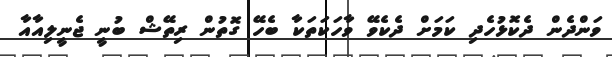
ވަންދެން ދެކޮޅުހެދި ކަމަށް ދެކެވޭ ވާހަކަތަކާ ބެހޭ ގޮތުން ރިތޭޝް ބުނީ ޖެނީލިއާއާ